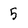
Character: 5